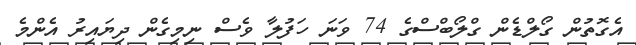
އެގޮތުން ގޯލްޑެން ގްލޯބްސްގެ 74 ވަނަ ހަފުލާ ވެސް ނިމިގެން ދިޔައިރު އެންމެ